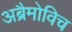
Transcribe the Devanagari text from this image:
अब्रैमोविच